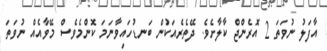
އާފަލު ނުވަތަ 2 އޮރެންޖް ކާލާށެވެ. ދޭތެރެއަކުން ބަނޑުހައިވާނަމަ ކޮންމެވެސް މޭވާއެއް ނުވަތަ